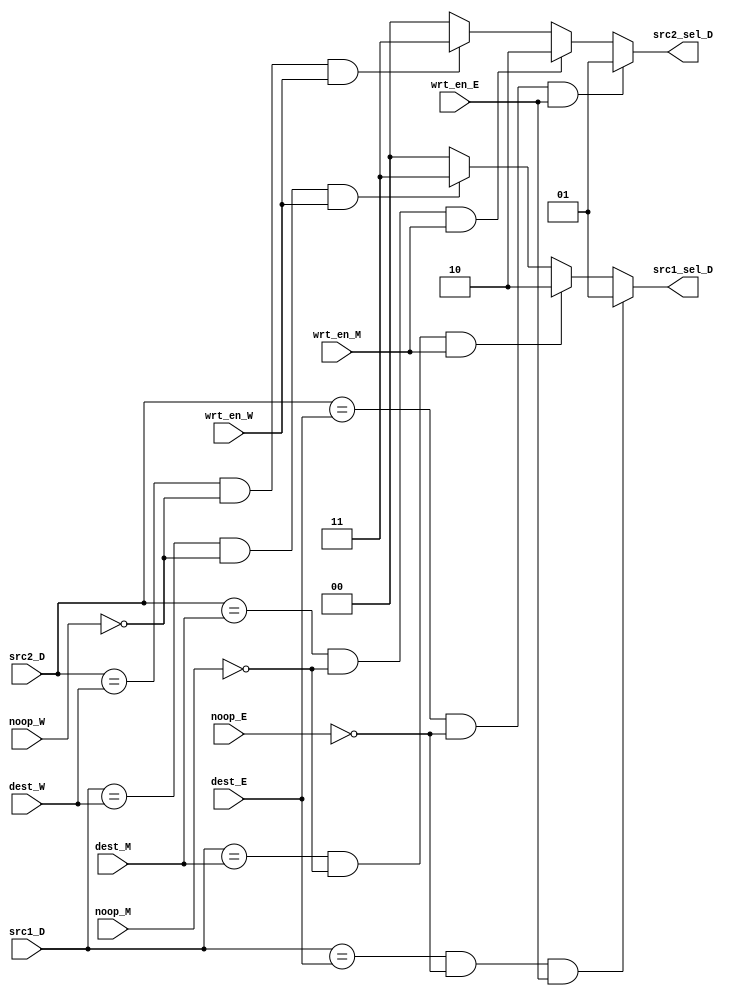
module ForwardingUnit(
		//destination addresses for regfile
		// dest_D,
		dest_E,
		dest_M,
		dest_W,

		//source 1 addresses for regfile
		src1_D,

		//source 2 addresses for regfile
		src2_D,

		//ouput selects
		src1_sel_D,
		src2_sel_D,
		
		//noop?
		noop_E, noop_M, noop_W,
		
		//wrtens
		wrt_en_E, wrt_en_M, wrt_en_W
	);

	parameter REGNO_SEL = 4;
	parameter MUX_SEL = 2;

	input [REGNO_SEL-1 : 0] dest_E, dest_M, dest_W, src1_D, src2_D;
	input noop_E, noop_M, noop_W;
	input wrt_en_E, wrt_en_M, wrt_en_W;

	output reg [MUX_SEL-1 : 0] src1_sel_D, src2_sel_D;
	always @(*) begin
// 		if(!noop) begin
			if (src1_D == dest_E && !noop_E && wrt_en_E) begin
				src1_sel_D = 2'd1;
			end
			else if (src1_D == dest_M && !noop_M && wrt_en_M) begin
				src1_sel_D = 2'd2;
			end
			else if (src1_D == dest_W && !noop_W && wrt_en_W) begin
				src1_sel_D = 2'd3;
			end
			else begin
				src1_sel_D = 2'd0;
			end

			if (src2_D == dest_E && !noop_E && wrt_en_E) begin
				src2_sel_D = 2'd1;
			end
			else if (src2_D == dest_M && !noop_M && wrt_en_M) begin
				src2_sel_D = 2'd2;
			end
			else if (src2_D == dest_W && !noop_W && wrt_en_W) begin
				src2_sel_D = 2'd3;
			end
			else begin
				src2_sel_D = 2'd0;
			end
// 		end
// 		else begin
// 			src1_sel_D = 2'd0;
// 			src2_sel_D = 2'd0;
// 		end
			
	end
endmodule